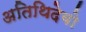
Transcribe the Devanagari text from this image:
अतिथिदेवो